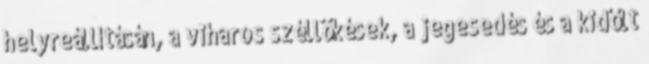
helyreállításán, a viharos széllökések, a jegesedés és a kidőlt